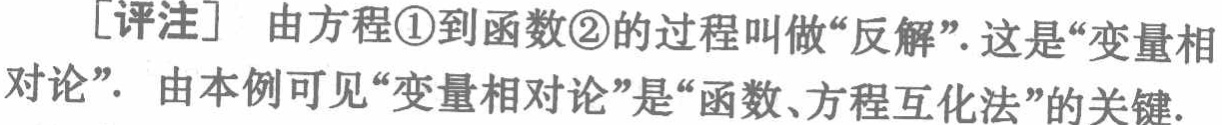
[评注] 由方程\textcircled{1}到函数\textcircled{2}的过程叫做“反解”. 这是“变量相对论”. 由本例可见“变量相对论”是“函数、方程互化法”的关键.